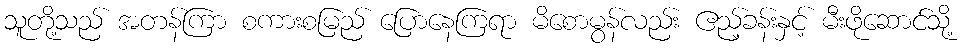
သူတို့သည် အတန်ကြာ စကားစမြည် ပြောနေကြရာ မိစောမွန်လည်း ဧည့်ခန်းနှင့် မီးဖိုဆောင်သို့